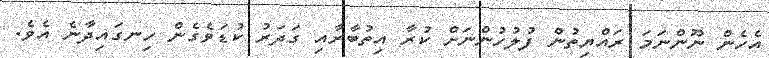
އެހެން ނޫންނަމަ ރައްޔިތުން ފުލުހުންނަށް ކުރާ އިތުބާރާއި ގަދަރު ކުޑަވެގެން ހިނގައިދާނެ އެވެ.